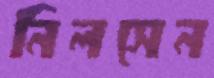
নিলসেন